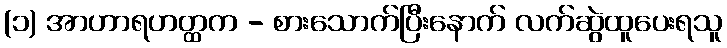
(၁) အာဟာရဟတ္ထက - စားသောက်ပြီးနောက် လက်ဆွဲထူပေးရသူ